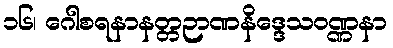
၁၆၊ ဂေါစရနာနတ္တဉာဏနိဒ္ဒေသဝဏ္ဏနာ